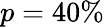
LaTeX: p=40\%